Salla_vallavalitsus, lk 23
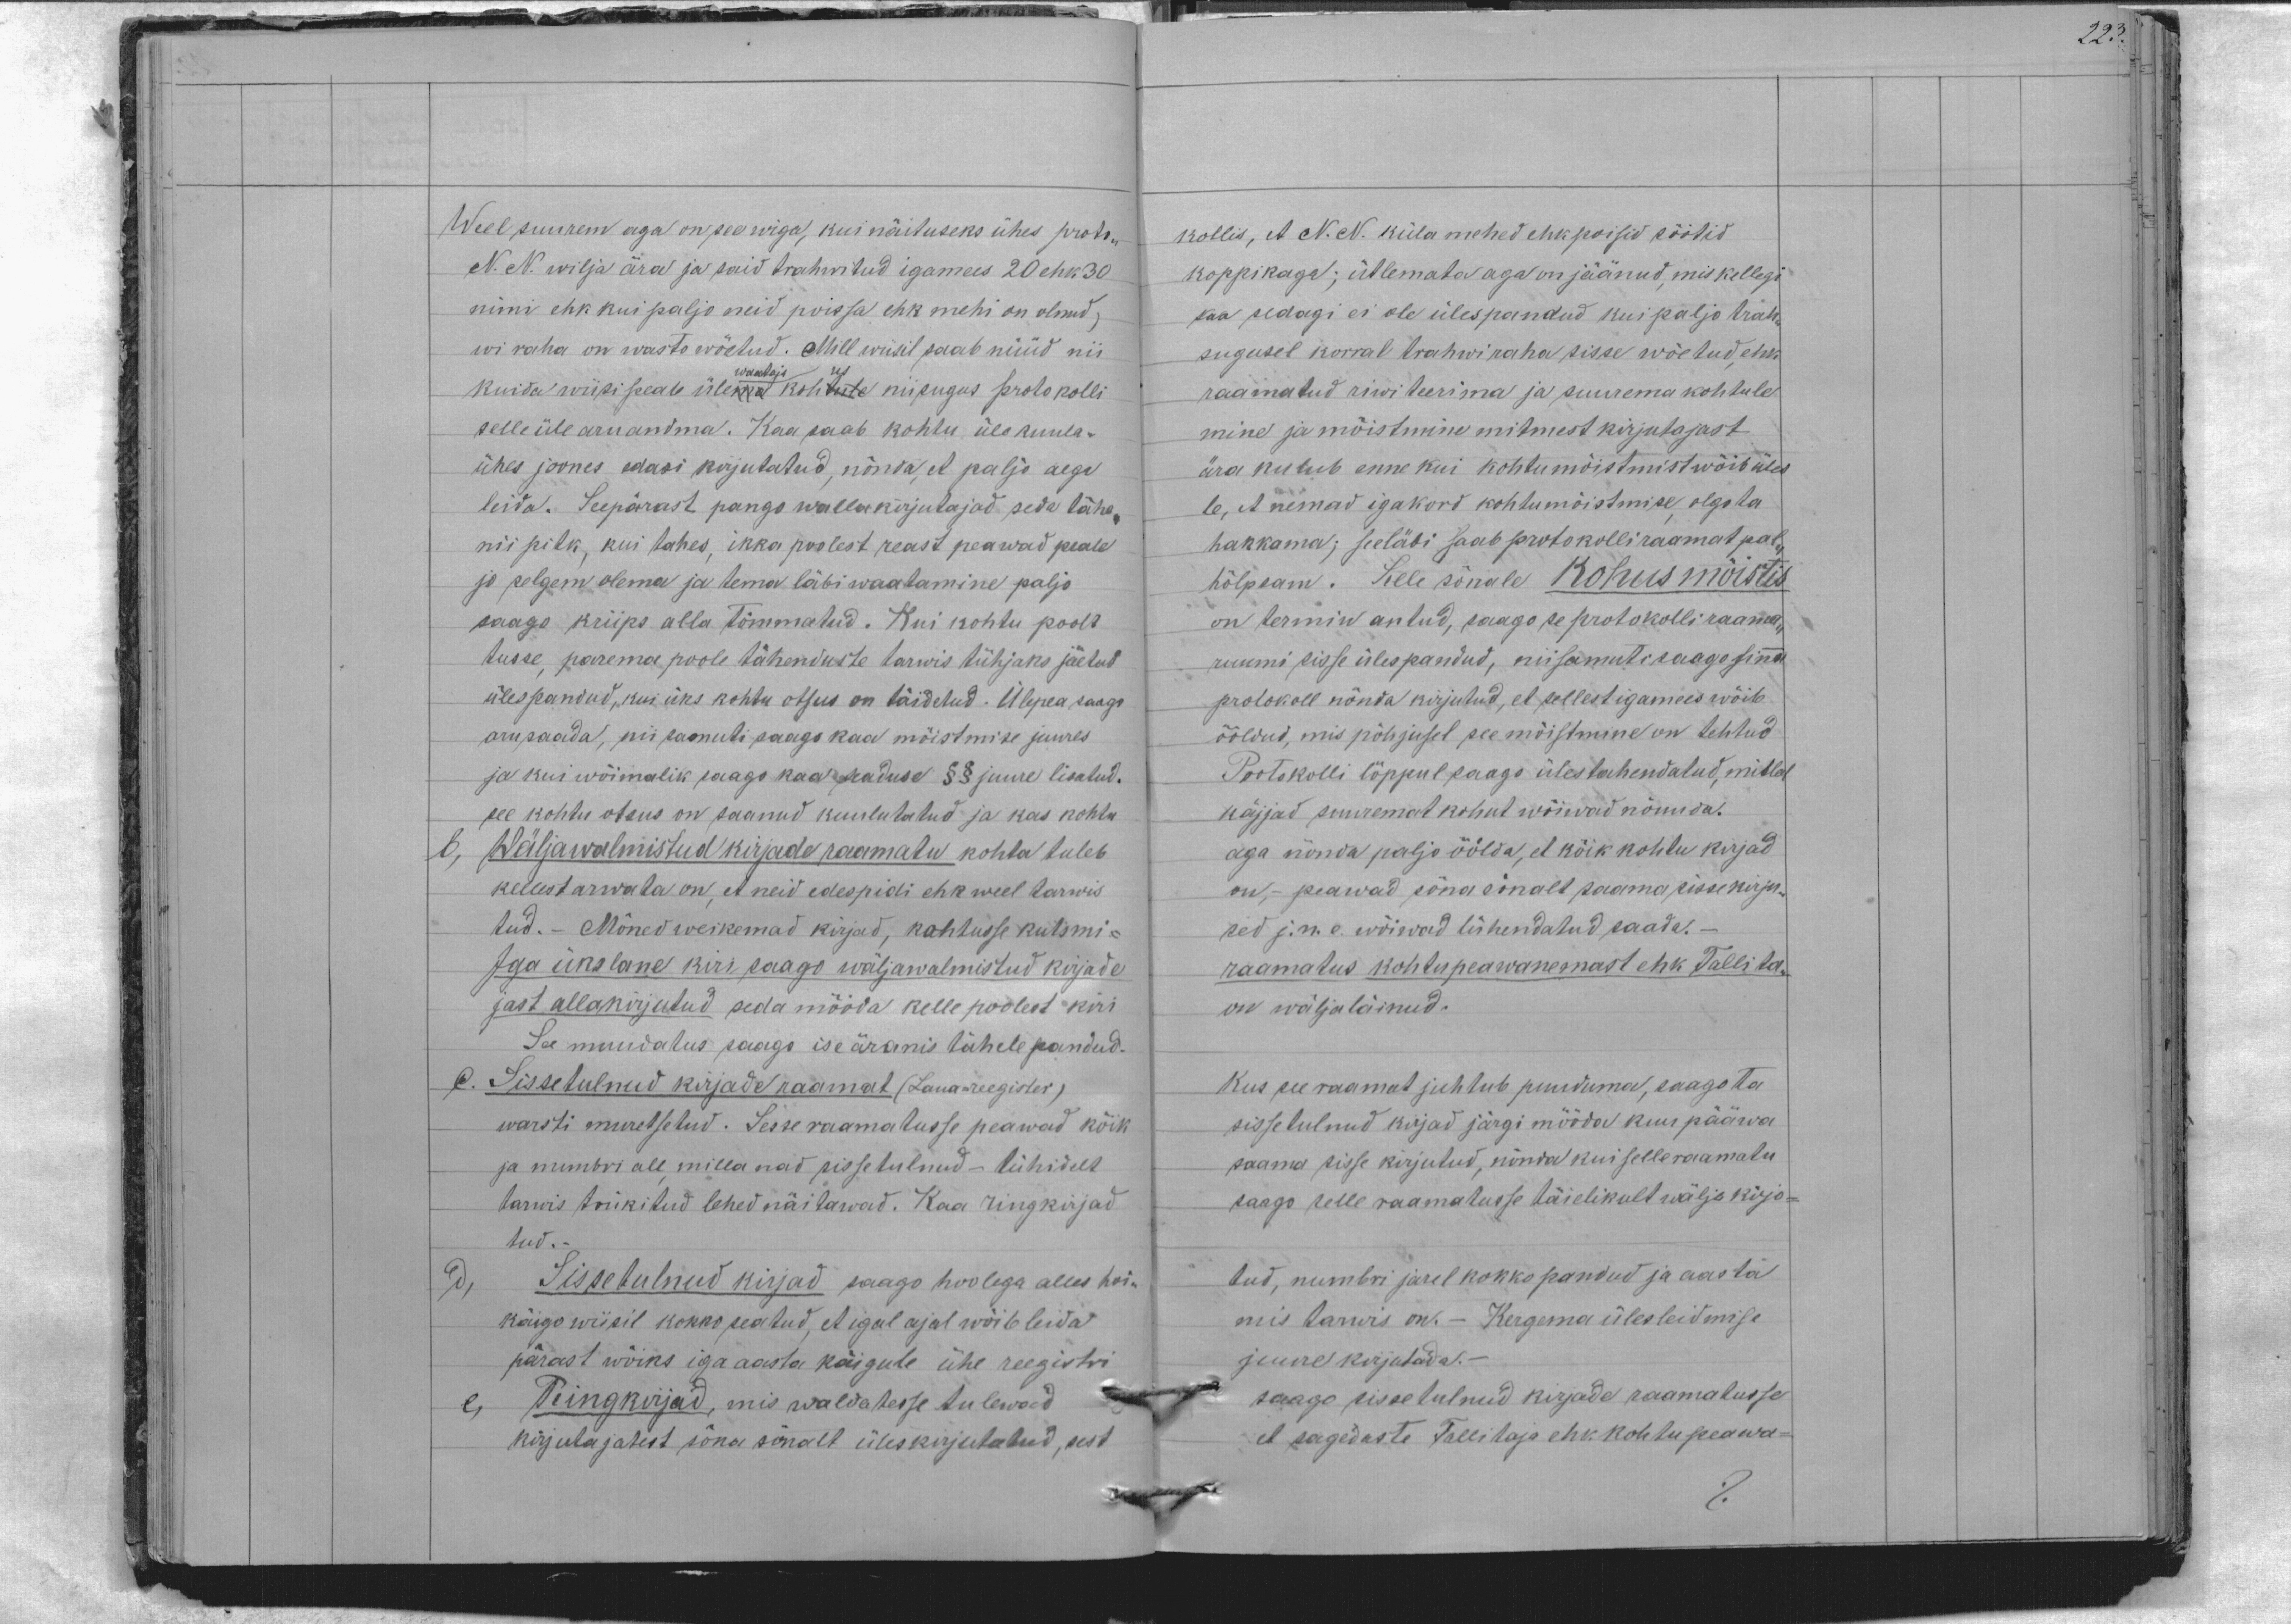
223

Weel suurem aga on see wiga, kui näituseks ühes proto-
N. N. wilja ära ja said trahwitud igamees 20 ehk 30
nimi ehk kui paljo neid poissa ehk mehi on olnud,
wi raha on wasto wõetud. Mill wiisil saab nüüd nii
kuida wiisi peale ülemad kohtule niisugus protokolli
waataja us
selle üle aru andma. Kaa saab kohtu üle kuula-
ühes joones edasi kirjutatud, nõnda, et paljo aega
leida. Seepärast pango walla kirjutajad seda tähe-
nii pilk, kui tahes, ikka poolest reast peawad peale
ja selgem olema ja tema läbi waatamine paljo
saago kriips alla tõmmatud. Kui kohtu poolt
tusse parema poole tähenduste tarwis tühjaks jäetud,
ülespandud, kui üks kohtu otsus on täidetud. Ülepea saaga
aru saada, nii samuti saago kaa mõistmise juures
ja kui wõimalik saago kaa seaduse §§ juure lisatud.
see kohtu otsus on saanud kuulutatud ja kas kohta
b, Wälja walmistud kirjade raamatu kohta tuleb
kellest arwata on, et neid edespidi ehk weel tarwis
tud. - Mõned weikemad kirjad, kohtusse kutsmi-
Iga ükslane kiri saago wäljawalmistud kirjade
jast allakirjutud seda mööda kelle poolest kiri
See muudatus saago ise äranis tähele pandud.
e. Sissetulnud kirjade raamat (Laua-reegister)
warsti muretsetud. Sesse raamatusse peawad kõik
ja numbri all, milla nad sisse tulnud - lühidalt
tarwis trükitud lehed näitawad. Kaa ringkirjad
tud.-
d, Sissetulnud kirjad saago hoolega alles hoi-
käige wiisil kokko seatud, et igal ajal wõib leida
pärast wõiks iga aasta käigule ühe reegistri
e, Ringkirjad, mis waldatesse tulewad
kirjutajatest sõna sõnalt üleskirjutatud, sest

kollis, et N. N. küla mehed ehk poisid töötid
koppikaga; ütlemata aga on jäänud, mis kellegi
kaa sedagi ei ole üles pandud kui paljo trah-
sugusel korral trahwiraha sisse wõetud, ehk
raamatud riwi teerima ja suurema kohtule
mine ja mõistmine mitmest kirjutajast
ära kulub enne kui kohtumõistmist wõib üles
le, et nemad igakord kohtumõistmise olgo ta
hakkama; seeläbi saab protokolliraamat pal-
hõlpsam. Selle sõnale kohus mõistis
on termin antud, saago se protokolli raama-
ruumi sisse ülespandud, niisamuti saago sina
protokoll nõnda kirjutud, et sellest igamees wõib
ööldud, mis põhjusel see mõistmine on tehtud
Protokolli lõppul saago üles tahendatud, millal
käijad suuremat kohut wõiwad nõuuda.
aga nõnda paljo öölda, et kõik kohtu kirjad
on, - peawad sõna sõnalt saama sisse kirju-
sed j.n.e. wõiwad lühendatud saada.-
raamatus kohtu peawanemast ehk Tallita-
on wälja läinud.
kus see raamat juhtub puuduma, saago ta
sisse tulnud kirjad järgi mööda kuu pääwa
saama sisse kirjutud, nõnda kui selle raamatu
saago selle raamatusse täielikult wälja kirjo-
tud, numbri järel kokko pandud ja aasta
mis tarwis on. - Kergema ülesleidmise
juure kirjutada.
saago sisse tulnud kirjade raamatusse
et sageduste Tallitaja ehv. kohtu peawa-